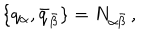
\{ q _ { \alpha } , \bar { q } _ { \bar { \beta } } \} = N _ { \alpha \bar { \beta } } \, ,